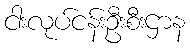
ငါးလုပ်ငန်းဦးစီးဌာန